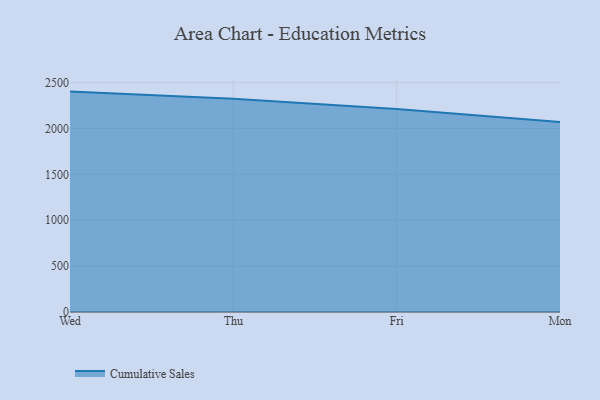
{"axis": {"x": "Day", "y": "Net Income (USD K)"}, "legend": ["Cumulative Sales"], "data": [{"x": "Wed", "y": 2402.5, "type": "Cumulative Sales"}, {"x": "Thu", "y": 2324.7, "type": "Cumulative Sales"}, {"x": "Fri", "y": 2213.7, "type": "Cumulative Sales"}, {"x": "Mon", "y": 2072.2, "type": "Cumulative Sales"}]}